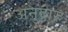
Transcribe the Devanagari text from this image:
अनुदारु